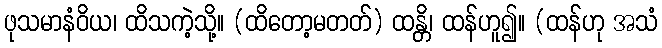
ဖုသမာနံဝိယ၊ ထိသကဲ့သို့။ (ထိတော့မတတ်) ထန္တိ၊ ထန်ဟူ၍။ (ထန်ဟု အသံ